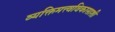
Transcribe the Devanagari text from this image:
व्यक्तिमत्त्वविकासाशी